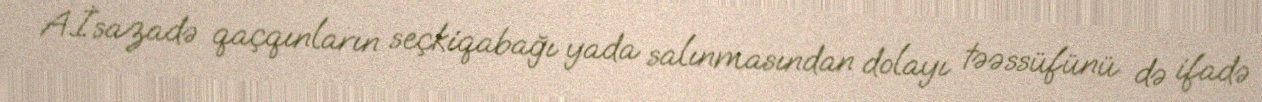
A.İsazadə qaçqınların seçkiqabağı yada salınmasından dolayı təəssüfünü də ifadə